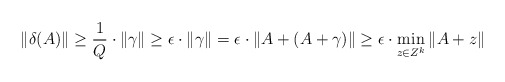
\begin{align*}\|\delta(A) \| \geq \frac{1}{Q} \cdot \|\gamma\| \geq \epsilon \cdot \|\gamma\| = \epsilon \cdot \|A + (A+\gamma)\| \geq \epsilon \cdot \min_{z \in Z^k} \|A + z\|\end{align*}